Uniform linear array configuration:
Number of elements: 16
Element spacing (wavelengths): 0.25
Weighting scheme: exponential
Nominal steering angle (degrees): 15
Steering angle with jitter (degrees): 15.843
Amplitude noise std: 0.05
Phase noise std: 0.05

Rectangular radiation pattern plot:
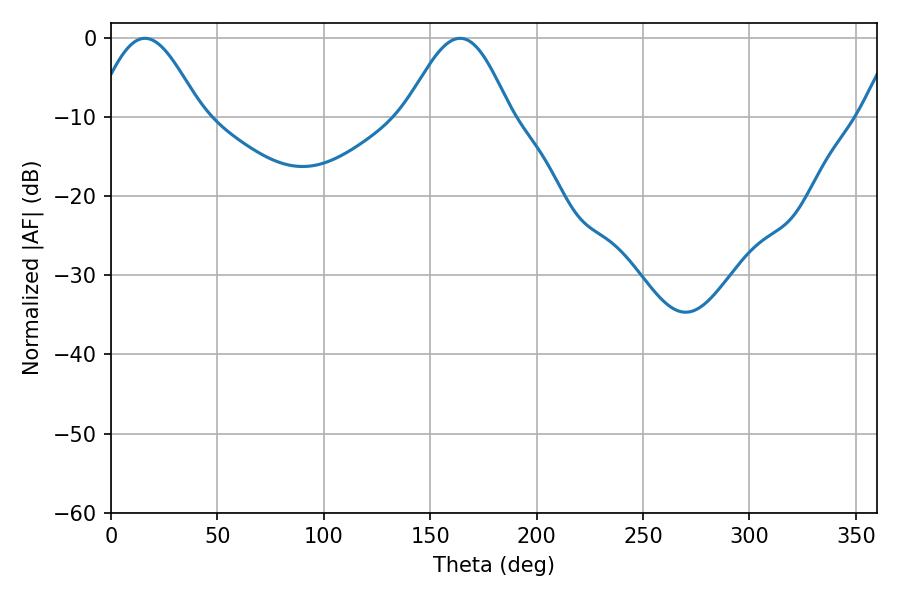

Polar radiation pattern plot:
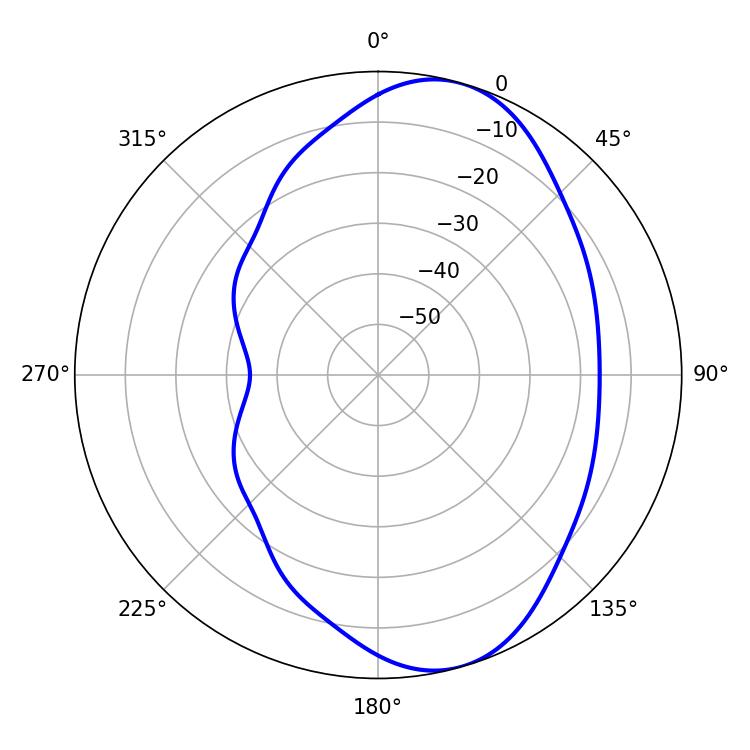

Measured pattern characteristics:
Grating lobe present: FALSE
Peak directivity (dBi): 7.741
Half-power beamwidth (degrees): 26.28
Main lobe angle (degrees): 16.02